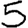
Digit: 5